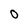
Character: 0